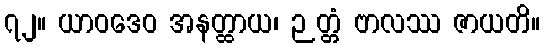
၇၂။ ယာဝဒေဝ အနတ္ထာယ၊ ဉတ္တံ ဗာလဿ ဇာယတိ။